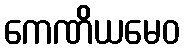
ကေဏိယမေဝ